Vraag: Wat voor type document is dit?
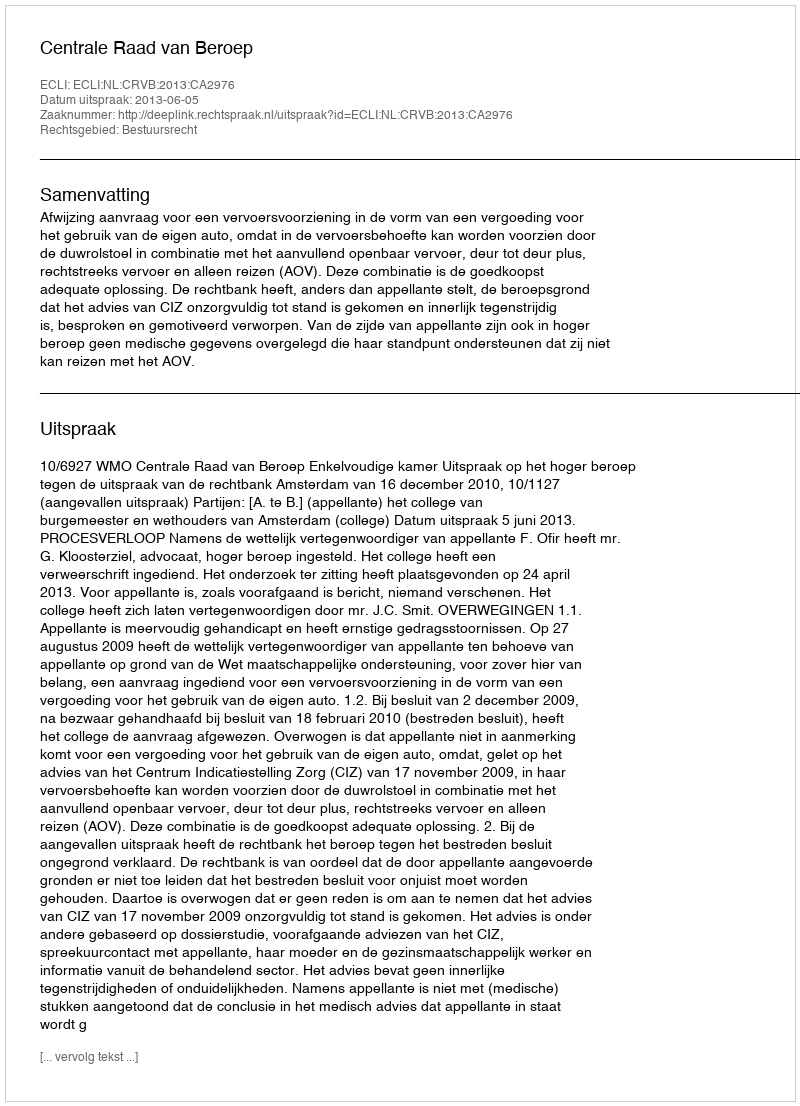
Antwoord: Uitspraak